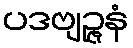
ပဒဗျဉ္ဇနံ